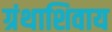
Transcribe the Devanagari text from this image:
ग्रंथाशिवाय